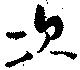
次